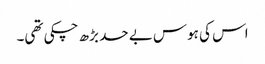
اس کی ہوس بے حد بڑھ چکی تھی۔